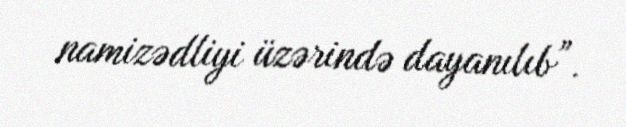
namizədliyi üzərində dayanılıb”.